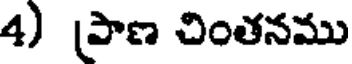
4) (పాణ చింతనము